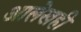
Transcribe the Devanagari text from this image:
आलेखही